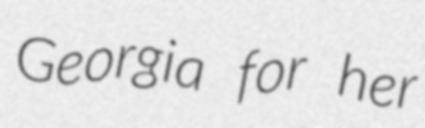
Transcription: Georgia for her